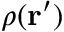
\rho ( \mathbf { r ^ { \prime } } )